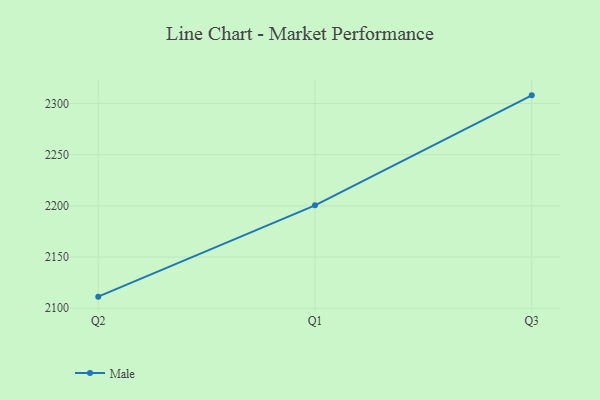
{"axis": {"x": "Quarter", "y": "Backlog"}, "legend": ["Male"], "data": [{"x": "Q2", "y": 2111.3, "type": "Male"}, {"x": "Q1", "y": 2200.5, "type": "Male"}, {"x": "Q3", "y": 2307.9, "type": "Male"}]}